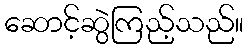
ဆောင့်ဆွဲကြည့်သည်။